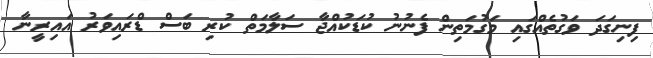
ފިނިގަދަ ވަގުތެއްގައި މަގުމަތިން ފެނުނު ކުޑަކުއްޖާ ސަލާމަތް ކުރި ބަސް ޑްރައިވަރު އައިރީނާ